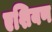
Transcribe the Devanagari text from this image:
एशियण